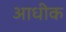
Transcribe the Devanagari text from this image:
आधीक